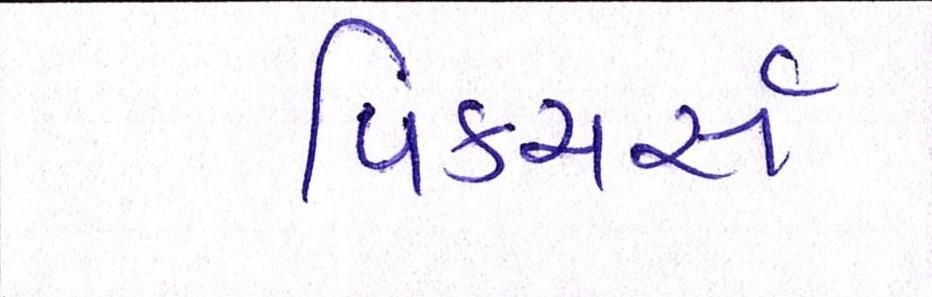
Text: પિક્ચર્સ